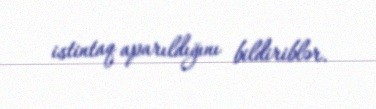
istintaq aparıldığını bildiriblər.